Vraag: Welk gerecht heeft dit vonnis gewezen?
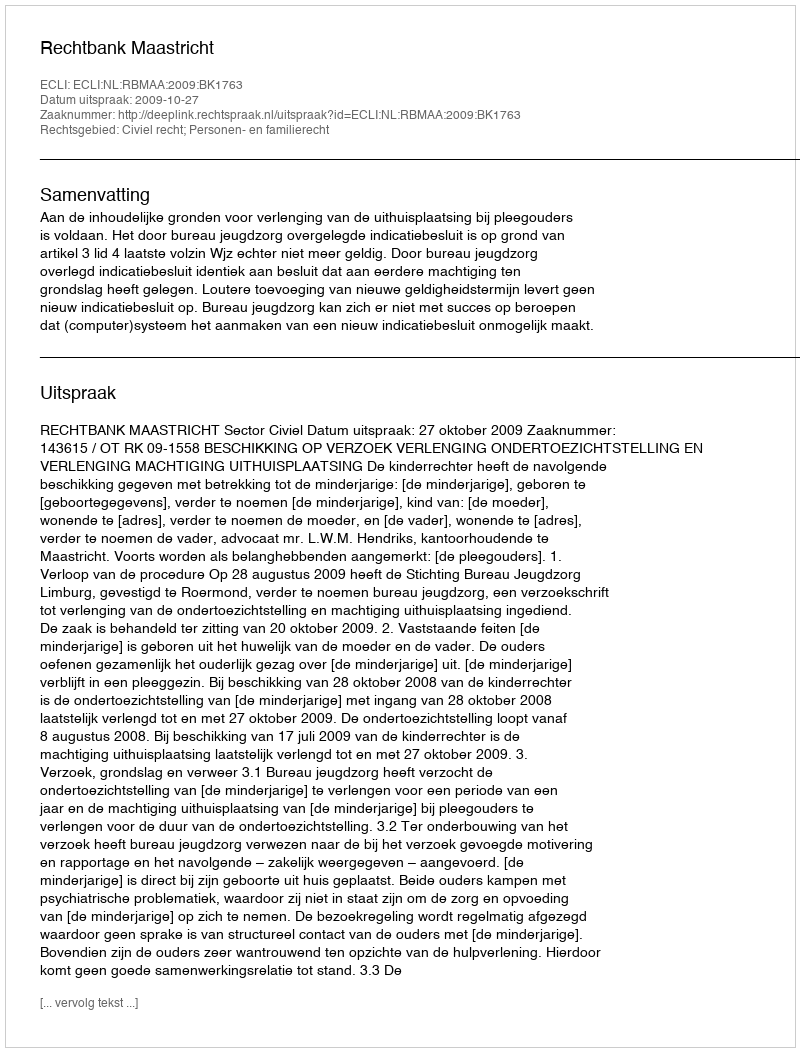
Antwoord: Rechtbank Maastricht